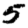
Digit: 5